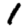
Digit: 1